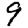
Digit: 9